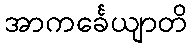
အာကင်္ခေယျာတိ